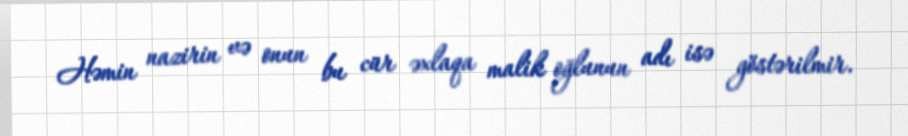
Həmin nazirin və onun bu cür əxlaqa malik oğlunun adı isə göstərilmir.